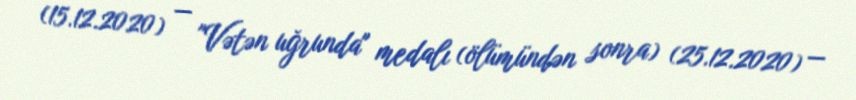
(15.12.2020) — "Vətən uğrunda" medalı (ölümündən sonra) (25.12.2020) —